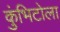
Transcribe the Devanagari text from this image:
कुंभिटोला